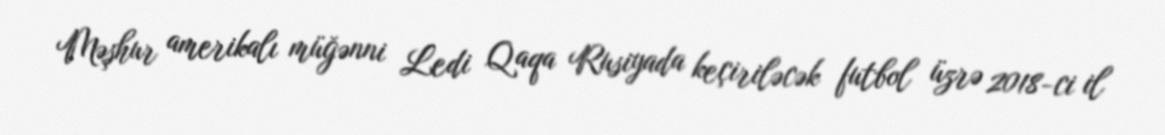
Məşhur amerikalı müğənni Ledi Qaqa Rusiyada keçiriləcək futbol üzrə 2018-ci il